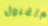
القبول